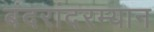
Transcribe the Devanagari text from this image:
बंदरांदरम्यान